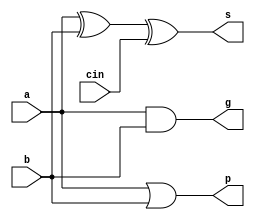
module adder1(input a,
              input b,
              input cin,
              output s,
              output g,
              output p);
  assign s = a ^ b ^ cin;
  assign g = a & b;
  assign p = a | b;
endmodule

module cla4(input  [3:0] p,
            input  [3:0] g,
            input        cin,
            output [4:1] ci,
            output gm,
            output pm);
  assign ci[1] = g[0] | p[0] & cin;
  assign ci[2] = g[1] | p[1] & g[0] | p[1] & p[0] & cin;
  assign ci[3] = g[2] | p[2] & g[1] | p[2] & p[1] & g[0] | p[2] & p[1] & p[0] & cin;
  assign ci[4] = g[3] | p[3] & g[2] | p[3] & p[2] & g[1] | p[3] & p[2] & p[1] & g[0] | p[3] & p[2] & p[1] & p[0] & cin;

  assign gm = g[3] | p[3] & g[2] | p[3] & p[2] & g[1] | p[3] & p[2] & p[1] & g[0];
  assign pm = p[3] & p[2] & p[1] & p[0];
endmodule

module adder4(input  [3:0] a,
              input  [3:0] b,
              input        cin,
              output [3:0] s,
              output       gm,
              output       pm);
  wire [3:0] g;
  wire [3:0] p;
  wire [4:1] c;

  adder1 u1(a[0], b[0], cin, s[0], g[0], p[0]);
  adder1 u2(a[1], b[1], c[1], s[1], g[1], p[1]);
  adder1 u3(a[2], b[2], c[2], s[2], g[2], p[2]);
  adder1 u4(a[3], b[3], c[3], s[3], g[3], p[3]);
  cla4 uut(p, g, cin, c, gm, pm);
endmodule

module adder16(input  [15:0] a,
               input  [15:0] b,
               input         cin,
               output [15:0] s,
               output        gm,
               output        pm);
  wire [3:0] g;
  wire [3:0] p;
  wire [4:1] c;

  adder4 u1(a[3:0], b[3:0], cin, s[3:0], g[0], p[0]);
  adder4 u2(a[7:4], b[7:4], c[1], s[7:4], g[1], p[1]);
  adder4 u3(a[11:8], b[11:8], c[2], s[11:8], g[2], p[2]);
  adder4 u4(a[15:12], b[15:12], c[3], s[15:12], g[3], p[3]);
  cla4 uut(p, g, cin, c, gm, pm);
endmodule

module adder32(input  [31:0] a,
               input  [31:0] b,
               input         cin,
               output [31:0] s,
               output        cout);
  wire [1:0] g;
  wire [1:0] p;
  wire       c;

  adder16 u1(a[15:0], b[15:0], cin, s[15:0], g[0], p[0]);
  adder16 u2(a[31:16], b[31:16], c, s[31:16], g[1], p[1]);
  assign c = g[0] | p[0] & cin;
  assign cout = g[1] | p[1] & g[0] | p[1] & p[0] & cin;
endmodule